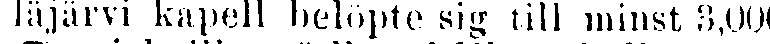
läjärvi kapell belöpte sig till minst 3,000